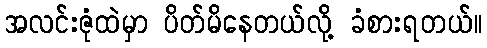
အလင်းဇုံထဲမှာ ပိတ်မိနေတယ်လို့ ခံစားရတယ်။